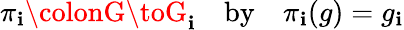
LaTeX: \pi_{\mathbf{i}}\colonG\toG_{\mathbf{i}}\quad\mathrm{{by}}\quad\pi_{\mathbf{i}}(g)=g_{\mathbf{i}}